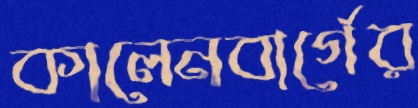
কালেনবার্গের